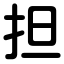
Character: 担